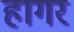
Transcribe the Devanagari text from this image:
हागर